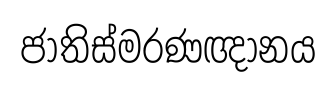
ජාතිස්මරණඥානය